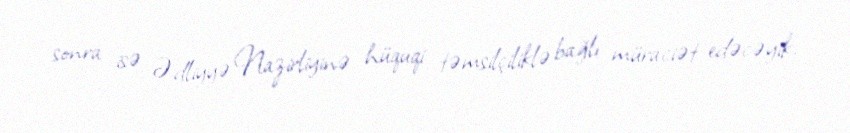
sonra isə Ədliyyə Nazirliyinə hüquqi təmsilçiliklə bağlı müraciət edəcəyik.